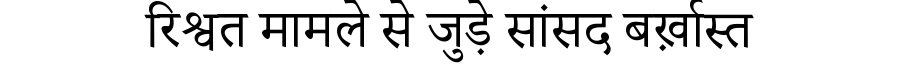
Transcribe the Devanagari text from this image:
रिश्वत मामले से जुड़े सांसद बर्ख़ास्त